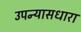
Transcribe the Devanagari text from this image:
उपन्यासधारा